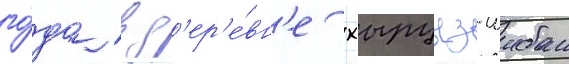
го́да в д'ер'е́вн'е хырцыз-шибан